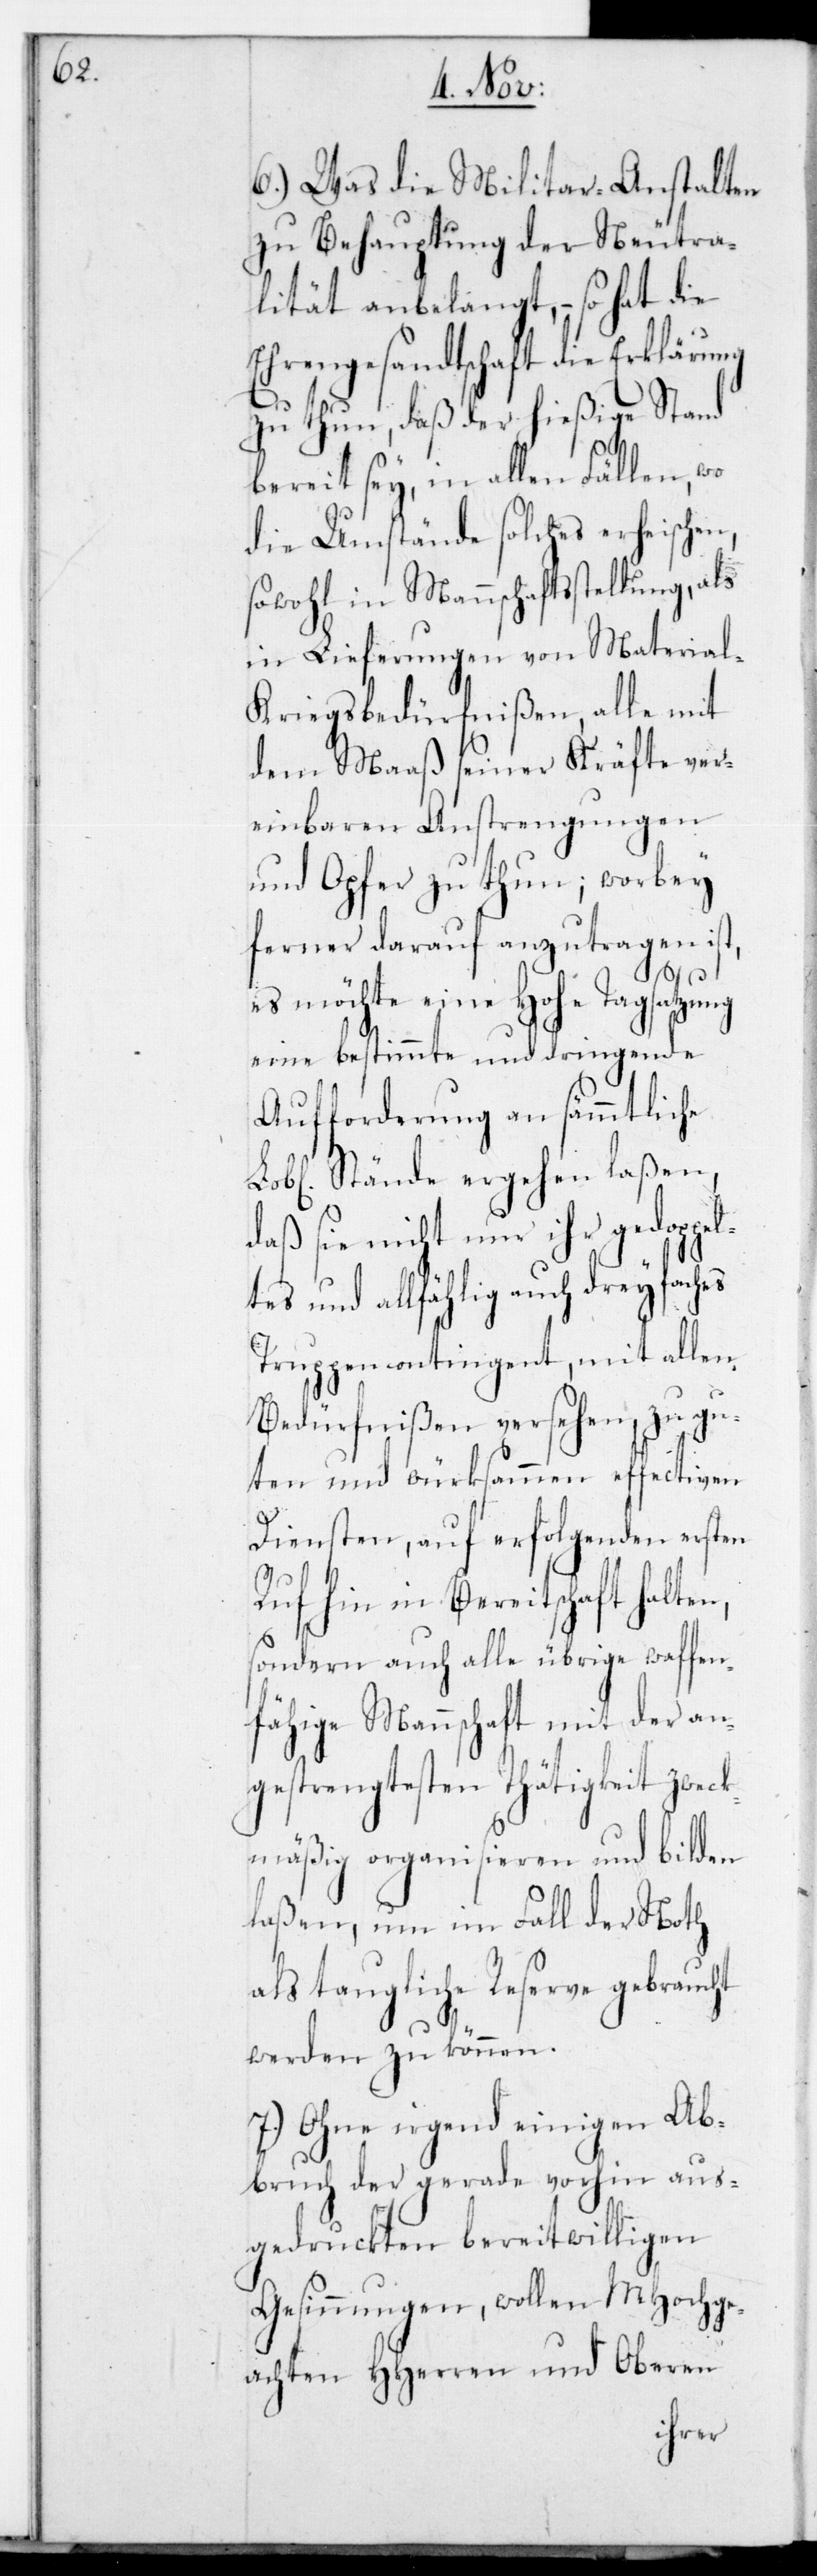
6.) Was die Militar-Anstalten
zu Behauptung der Neutra¬
lität anbelangt, – so hat die
Ehrengesandtschaft die Erklärung
zu thun, daß der hießige Stand
bereit sey, in allen Fällen, wo
die Umstände solches erheischen,
sowohl in Mannschaftsstellung, als
in Lieferungen von Materia¬
l-Kriegsbedürfnißen, alle mit
dem Maaß seiner Kräfte ver¬
einbaren Anstrengungen
und Opfer zu thun; worbey
ferner darauf anzutragen
es möchte eine Hohe Tagsatzung
eine bestimmte und dringende
Aufforderung an sämmtliche
Lobl. Stände ergehen laßen,
daß sie nicht nur ihr gedoppel¬
tes und allfählig auch dreyfaches
Truppencontingent, mit allen
Bedürfnißen versehen, zu gu¬
ten und würksammen effectiven
Diensten, auf erfolgenden ersten
Ruf hin in Bereitschaft halten,
sondern auch alle übrige waffen¬
fähige Mannschaft mit der an¬
gestrengtesten Thätigkeit zweck¬
mäßig organisieren und bilden
laßen, um im Fall der Noth
als taugliche Reserve gebraucht
werden zu können.
7.) Ohne irgend einigen Ab¬
bruch der gerade vorhin aus¬
gedruckten bereitwilligen
Gesinnungen, wollen MHochge¬
achten HHerren und Oberen